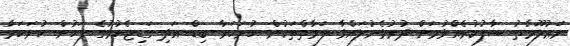
މަޢުލޫމާތު ސާފުކުރެއްވުމަށް ދުރުވެނުލައްވާ ފަރާތްތަކުން ހުށަހަޅާ ބިޑް އަދި ގަޑިޖެހުމުގެ ފަހުން ހުށަހަޅާ